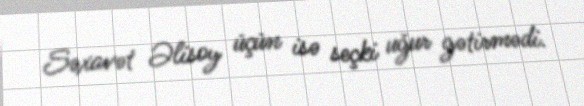
Səxavət Əlisoy üçün isə seçki uğur gətirmədi.